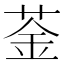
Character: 菳